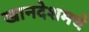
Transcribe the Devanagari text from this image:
खानदेशमधे